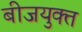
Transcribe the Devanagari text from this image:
बीजयुक्त